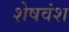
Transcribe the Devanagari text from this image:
शेषवंश